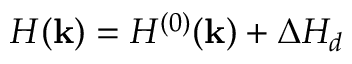
H ( { \bf k } ) = H ^ { ( 0 ) } ( { \bf k } ) + \Delta H _ { d }